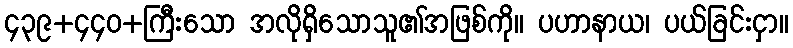
၄၃၉+၄၄၀+ကြီးသော အလိုရှိသောသူ၏အဖြစ်ကို။ ပဟာနာယ၊ ပယ်ခြင်းငှာ။